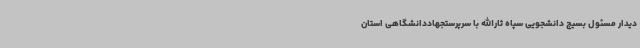
دیدار مسئول بسیج دانشجویی سپاه ثارالله با سرپرستجهاددانشگاهی استان